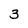
Character: 3